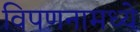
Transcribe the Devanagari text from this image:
विपणनामध्ये